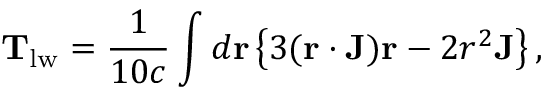
\mathbf { T } _ { \mathrm { l w } } = \frac { 1 } { 1 0 c } \int d \mathbf { r } \left\lbrace 3 ( \mathbf { r } \cdot \mathbf { J } ) \mathbf { r } - 2 r ^ { 2 } \mathbf { J } \right\rbrace ,